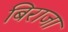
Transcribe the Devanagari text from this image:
बिराजा